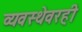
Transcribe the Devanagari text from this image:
व्यवस्थेवरही